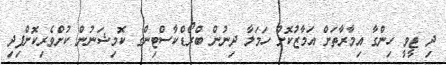
ދި ޓީވީ ހިންގާ އިމާރާތަށް އަމާޒުކޮށް ހަމަލާ ދިނުން ބްރޯޑްކާސްޓިންގ ކޮމިޝަނުން ކުށްވެރިކޮށްފިދި